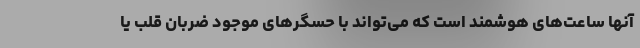
آنها ساعت‌های هوشمند است که می‌تواند با حسگرهای موجود ضربان قلب یا